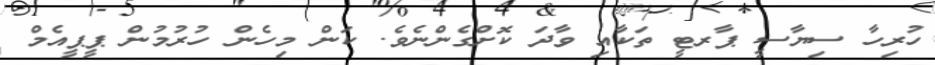
ހުރިހާ ސިޔާސީ ޕާރޓީ ތަކާއި ވާދަ ކޮށްގެންނެވެ. ކަން މިހެން ހުރުމުން ޕީޕީއެމް